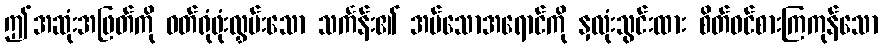
ဤအဆုံးအဖြတ်ကို ဝတ်ရုံဖုံးလွှမ်းသော သင်္ကန်း၏ အပ်သောအရောင်ကို နှလုံးသွင်းထား စိတ်ဝင်စားကြကုန်သော